Leprosy in India: report of the Leprosy Commission in India, 1890-91
Year: 1890
Disease focus: Leprosy
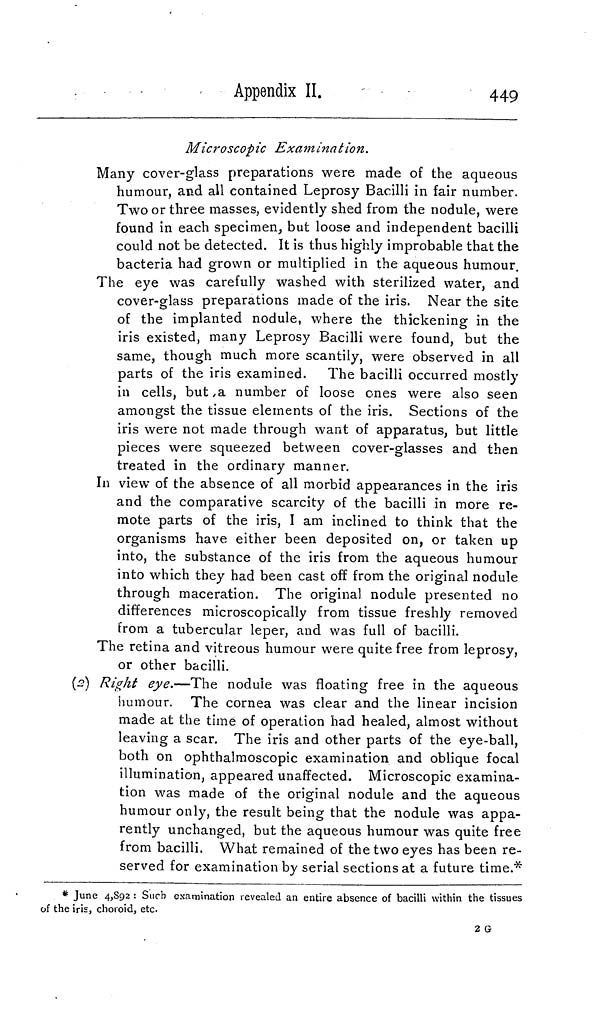
Appendix II.
449
Microscopic Examination.
Many cover-glass preparations were made of the aqueous
humour, and all contained Leprosy Bacilli in fair number.
Two or three masses, evidently shed from the nodule, were
found in each specimen, but loose and independent bacilli
could not be detected. It is thus highly improbable that the
bacteria had grown or multiplied in the aqueous humour.
The eye was carefully washed with sterilized water, and
cover-glass preparations made of the iris. Near the site
of the implanted nodule, where the thickening in the
iris existed, many Leprosy Bacilli were found, but the
same, though much more scantily, were observed in all
parts of the iris examined. The bacilli occurred mostly
in cells, but a number of loose ones were also seen
amongst the tissue elements of the iris. Sections of the
iris were not made through want of apparatus, but little
pieces were squeezed between cover-glasses and then
treated in the ordinary manner.
In view of the absence of all morbid appearances in the iris
and the comparative scarcity of the bacilli in more re-
mote parts of the iris, I am inclined to think that the
organisms have either been deposited on, or taken up
into, the substance of the iris from the aqueous humour
into which they had been cast off from the original nodule
through maceration. The original nodule presented no
differences microscopically from tissue freshly removed
from a tubercular leper, and was full of bacilli.
The retina and vitreous humour were quite free from leprosy,
or other bacilli.
(2) Right eye.—The nodule was floating free in the aqueous
humour. The cornea was clear and the linear incision
made at the time of operation had healed, almost without
leaving a scar. The iris and other parts of the eye-ball,
both on ophthalmoscopic examination and oblique focal
illumination, appeared unaffected. Microscopic examina-
tion was made of the original nodule and the aqueous
humour only, the result being that the nodule was appa-
rently unchanged, but the aqueous humour was quite free
from bacilli. What remained of the two eyes has been re-
served for examination by serial sections at a future time.*
* June 4,892 : Such examination revealed an entire absence of bacilli within the tissues
of the iris, choroid, etc.
2 G